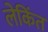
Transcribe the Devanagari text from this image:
लेकिंत